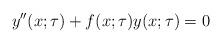
LaTeX: \begin{align*}y^{\prime\prime}(x;\tau)+f(x;\tau) y(x;\tau)=0\end{align*}